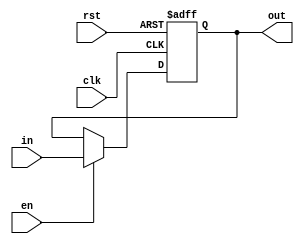
// Chris Kenyon and Brandon Nguyen

module ProgramCounter(en, in, clk, rst, out);
  
  input [31:0] in;
  input en, clk, rst;
  output reg [31:0] out;
  
  // handle output and reset case
  always @ (negedge clk or posedge rst) begin
    if (rst)
      out <= 'h3000;
    else if (en)
      out <= in;
  end
  
endmodule